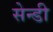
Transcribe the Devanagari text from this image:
सेन्डी